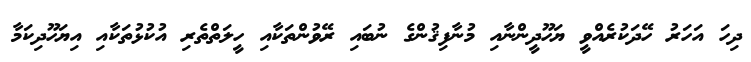
ދިހަ އަހަރު ހޭދަކުރެއްވީ ޔަހޫދީންނާއި މުނާފިޤުންގެ ނުބައި ރޭވުންތަކާއި ހީލަތްތެރި އުކުޅުތަކާއި އިޔަހޫދިކަމާ